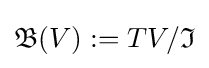
{\mathfrak {B}}(V):=TV/{\mathfrak {I}}